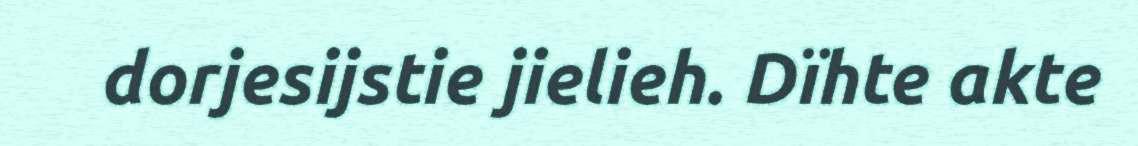
dorjesijstie jielieh. Dïhte akte